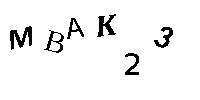
MBAK23